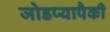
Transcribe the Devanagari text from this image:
जोडप्यापैकी